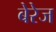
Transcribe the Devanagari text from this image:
बेरेज